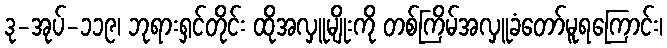
ဒု-အုပ်-၁၁၉၊ ဘုရားရှင်တိုင်း ထိုအလှူမျိုးကို တစ်ကြိမ်အလှူခံတော်မူရကြောင်း၊